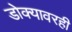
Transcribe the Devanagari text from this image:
डोक्यावरही